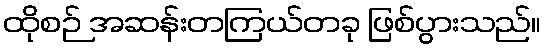
ထိုစဉ် အဆန်းတကြယ်တခု ဖြစ်ပွားသည်။